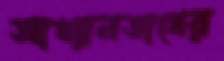
আখ্যানভাগের